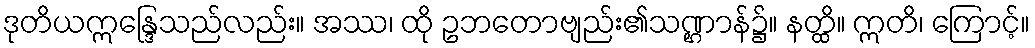
ဒုတိယဣန္ဒြေသည်လည်း။ အဿ၊ ထို ဥဘတောဗျည်း၏သဏ္ဌာန်၌။ နတ္ထိ။ ဣတိ၊ ကြောင့်။